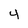
Character: 4